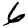
Digit: 6